Annual report of the Civil Veterinary Department, Bengal, for the year 1897-98 - 1897-1898
Year: 1897
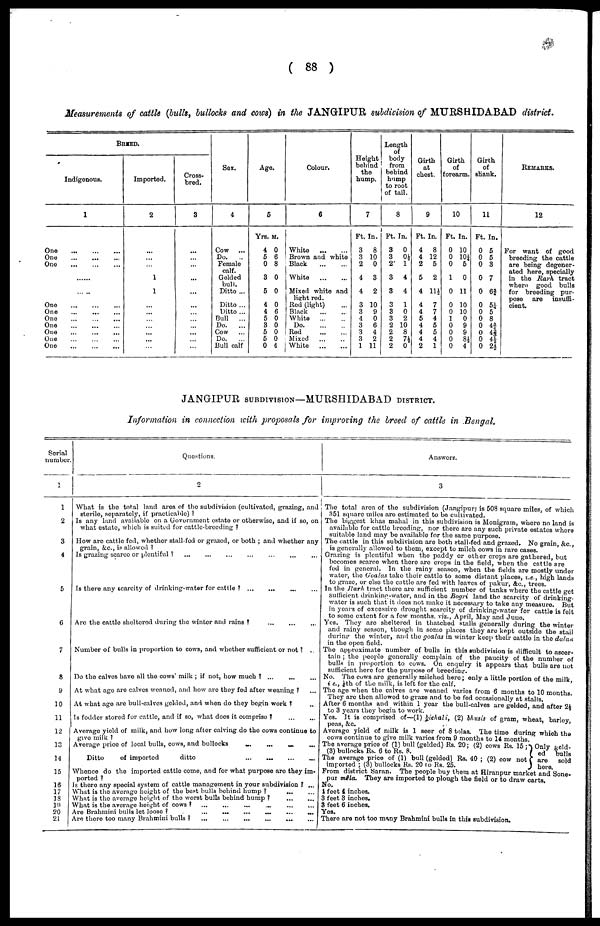
(88)
Measurements of cattle (bulls, bullocks and cows) in the JANGIPUR subdivision of MURSHIDABAD district.
BREED.
Indigonous.
1
One
...
...
...
One
...
...
...
One
...
...
...
......
One
...
...
...
One
...
...
...
One
...
...
...
One
...
...
...
One
...
...
...
One
...
...
...
One
...
...
...
Imported.
2
...
...
...
1
1
...
...
...
...
...
...
...
Cross-
bred.
3
...
...
...
...
...
...
...
...
...
...
...
...
Sex.
4
Cow
...
Do.
...
Female
calf.
Gelded
bull.
Ditto ...
Ditto ...
Ditto ...
Bull
...
Do.
...
Cow
Do.
...
Bull calf
Age.
5
Yrs. M.
5 6
0 8
3 0
5 0
4 0
4 6
5 0
3 0
5 0
5 0
0 4
Colour.
6
White
...
...
Brown and white
Black
...
...
White
...
...
Mixed white and
light red.
Red (light) ...
Black
...
...
White
...
...
Do.
...
...
Rod
...
...
Mixed ... ...
White
...
...
Height
behind
the
hump.
7
Ft. In.
3
8
3 10
2
0
4
3
4
2
3 10
3
9
4
0
3
6
3
4
3
2
1 11
Length
of
body
from
behind
hump
to root
of tail.
8
Ft. In.
3
0
3 0½
2
1
3
4
3
4
3
1
3
0
3
2
2 10
2
8
2
71
2
0
Girth
at
chest.
9
Ft. In.
4
8
4 12
2
5
5
2
4 11½
4
7
4
7
5
4
4
5
4
5
4
4
2
1
Girth
of
forearm.
10
Ft. In.
0 10
0 10/4
0
6
1
0
0 11
0 10
0 10
1
0
0
9
0
9
0 8½
0
4
Girth
of
shank.
11
Ft. In.
0 5
0 5
0 3
0 7
0 63/4
0 5½
0 5
0 8
0 43/4
0 43/4
0 4½
0 2½
Remarks.
12
For want of good
breeding the cattle
are being degener-
ated here, specially
in the Rarh tract
where
good bulls
for breeding pur-
pose
are
insuffi-
cient.
JANGIPUR SUBDIVISION—MURSHIDABAD DISTRICT.
Information in connection with proposals for improving the breed of cattle in Bengal.
Serial
number.
1
1
2
3
4
5
6
7
8
9
10
11
12
13
14
15
16
17
18
19
20
21
Questions.
2
What is the total land area of the subdivision (cultivated, grazing, and
sterile, separately, if practicable)?
Is any land available on a Government estate or otherwise, and if so, on
what estate, which is suited for cattle-breeding?
How are cattle fed, whether stall-fed or grazed, or both; and whether any
grain, &c., is allowed?
Is grazing scarce or plantiful? ... ... ... ... ... ... ...
Is there any searcity of drinking-water for cattle? ... ... ... ...
Are the cattle sheltered during the winter and
rains?
...
...
...
Number of bulls in proportion to cows, and whether sufficient or not? ...
Do the calves have all the cows' milk; if not, how much? ... ... ...
At what age are calves weaned, and how are they fed after weaning? ...
At what age are bull-calves gelded, and when do they begin work? ...
Is fodder stored for cattle, and if so, what does it comprise?
...
...
Average ylold of milk, and how long after calving do the cows continue to
give milk?
Average price of local bulls, cows, and bullocks
...
...
...
...
Ditto
of imported
ditto
...
...
...
...
Whence do the imported cattle come, and for what purpose are they im-
ported?
Is there any special system of cattle management in your subdivision? ...
What is the average height of the best bulls behind hump?
...
...
What is the average height of the worst bulls behind hump?
...
...
What is the average height of cows?
...
...
...
...
...
...
Are Brahmini bulls lot loose?
...
...
...
...
Are there too many Brahmini bulls?
...
...
...
...
...
...
...
Answers.
3
The total area of the subdivision (Jangipur) is 508 square miles, of which
351
square miles are estimated to ho cultivated.
The biggest khas mahal in this subdivision is Monigram, where no land is
available for cattle breeding, nor there are any such private estates where
suitable land may bo available for the same purpose.
The cattle in this subdivision are both stall-fed and grazed. No grain, &c.
is generally allowed to them, except to milch cows in rare cases.
Grazing is plentiful when the paddy or other crops are gathered, but
becomes scarce when there are crops in the field, when the cattle are
fed in general. In the rainy season, when the fields are mostly under
water, the Goalas take their cattle to some distant places, i.e., high lands
to graze, or else the cattle are fed with leaves of pakur, &c., trees.
In the Rarh tract there are sufficient number of tanks where the cattle get
sufficient drinking-water, and in the Bogri land the scarcity of drinking.
water is such that it does not make it necessary to take any measure. But
in years of excessive drought scarcity of drinking-water for cattle is felt
to some extent for a few months, viz., April, May and June.
Yes. They are sheltered in thatched stalls generally during the winter
and rainy season, though in some places they are kept outside the stail
during the winter, and the goalas in winter keep their cattle in the dulaa
in the open field.
The approximate number of bulls in this subdivision is difficult to ascer-
tain; the people generally complain of the paucity of the number of
bulls in proportion to cows. On enquiry it appears that bulls are not
sufficient here for the purpose of breeding.
No. The cows are generally milched here; only a little portion of the milk
i e., ½th of the milk, is left for the calf.
The age when the calves are weaned varies from 6 months to 10 months
They are then allowed to graze and to bo fed occasionally at stalls.
After 6 months and within 1 year the bull-calves are gelded and after 2½
to 3 years they begin to work.
Yes. It is comprised of—(1) bichali, (2) bhusis of gram, wheat, barley,
peas, &c.
Average yield of milk is 1 seer of 8 tolas. The time during which the
cows continue to give milk varies from 9 months to 14 months.
The average price of (1) bull (gelded) Rs. 20; (2) cows Rs. 15;
(3) bullocks Rs. 6 to Rs. 8.
The average price of (1) bull (gelded) Rs. 40; (2) cow not
imported; (3) bullocks Rs. 20 to Rs. 25.
Only geld.
ed bulls.
are
sold
bere.
From district Saran. The people buy them at Hiranpur marke
t and
No.
1 feet 4 inchos.
3 feet 3 inchos.
3 feet 6 inches.
Yes.
There are not too many Brahmini bulls in this subdivision.